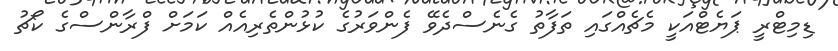
ޑިމިޓްރީ ޕަޔެޓްއަކީ މެޗެއްގައި ތަފާތު ގެނެސްދެވޭ ފެންވަރުގެ ކުޅުންތެރިއެއް ކަމަށް ފްރާންސްގެ ކޯޗު